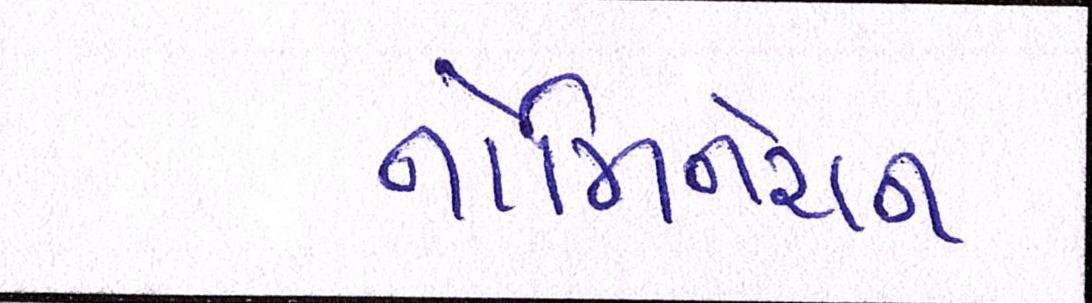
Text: નોમિનેશન